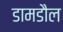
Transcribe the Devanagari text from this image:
डामडौल